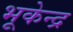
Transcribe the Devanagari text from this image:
भूकेन्द्र